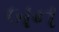
બન